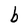
Character: b